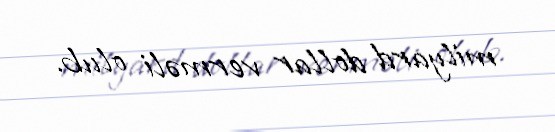
milyard dollar verməli olub.